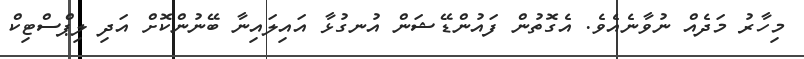
މިހާރު މަދެއް ނުވާނެއެވެ. އެގޮތުން ފައުންޑޭޝަން އުނގުޅާ އައިލައިނާ ބޭނުންކޮށް އަދި ލިޕްސްޓިކް